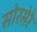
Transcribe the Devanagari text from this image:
सोरसेरे